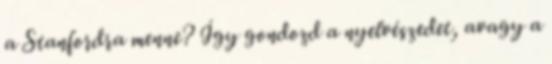
a Stanfordra menne? Így gondozd a nyelvészedet, avagy a